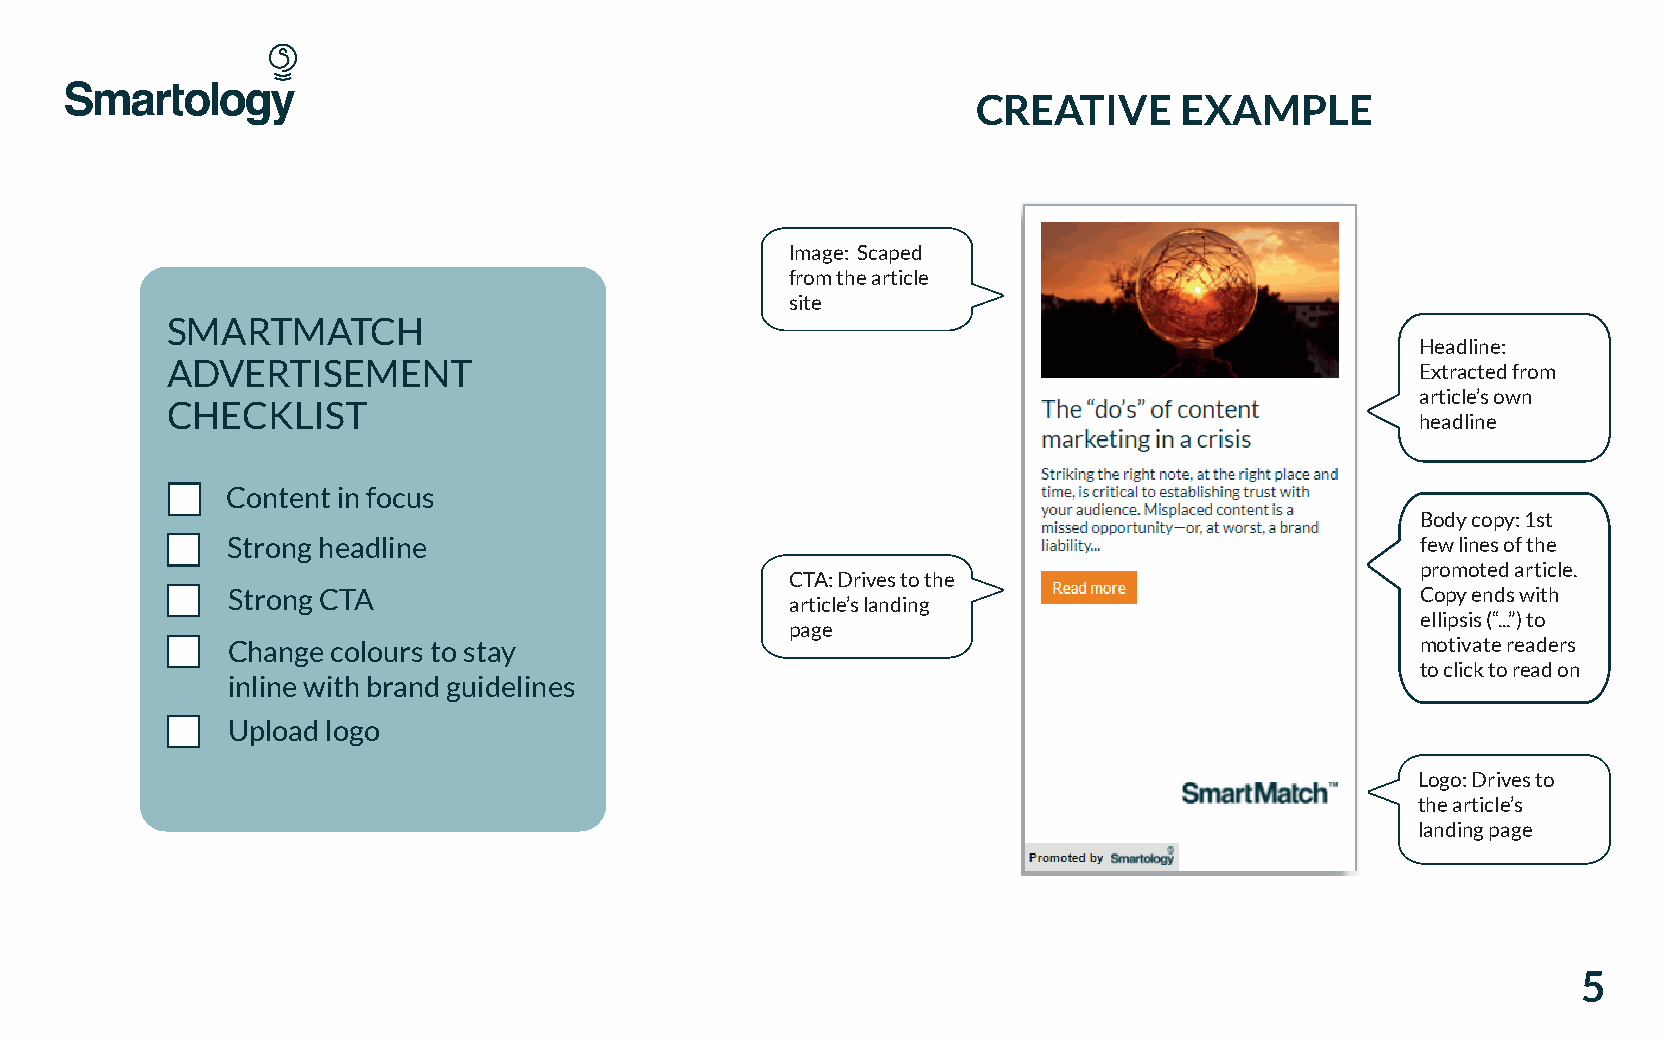
CREATIVE     EXAMPLE
 Image: Scaped
 from the article
 site
 SMARTMATCH
 Headline:
 ADVERTISEMENT                                                                      Extracted from
 article’s own
 CHECKLIST
 headline
 Content in focus
 Body copy: 1st
 Strong headline                                                                few lines of the
 promoted article.
 CTA: Drives to the
 Strong CTA                                                                     Copy ends with
 article’s landing
 ellipsis (“...”) to
 page
 Change colours to stay                                                         motivate readers
 to click to read on
 inline with brand guidelines
 Upload logo
 Logo: Drives to
 the article’s
 landing page
 5